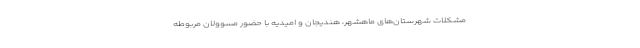
مشکلات شهرستان‌های ماهشهر، هندیجان و امیدیه با حضور مسوولان مربوطه